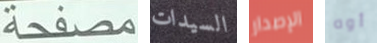
مصفحة السيدات الإصدار أوه